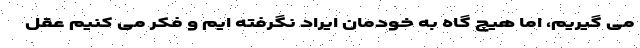
می گیریم، اما هیچ گاه به خودمان ایراد نگرفته ایم و فکر می کنیم عقل